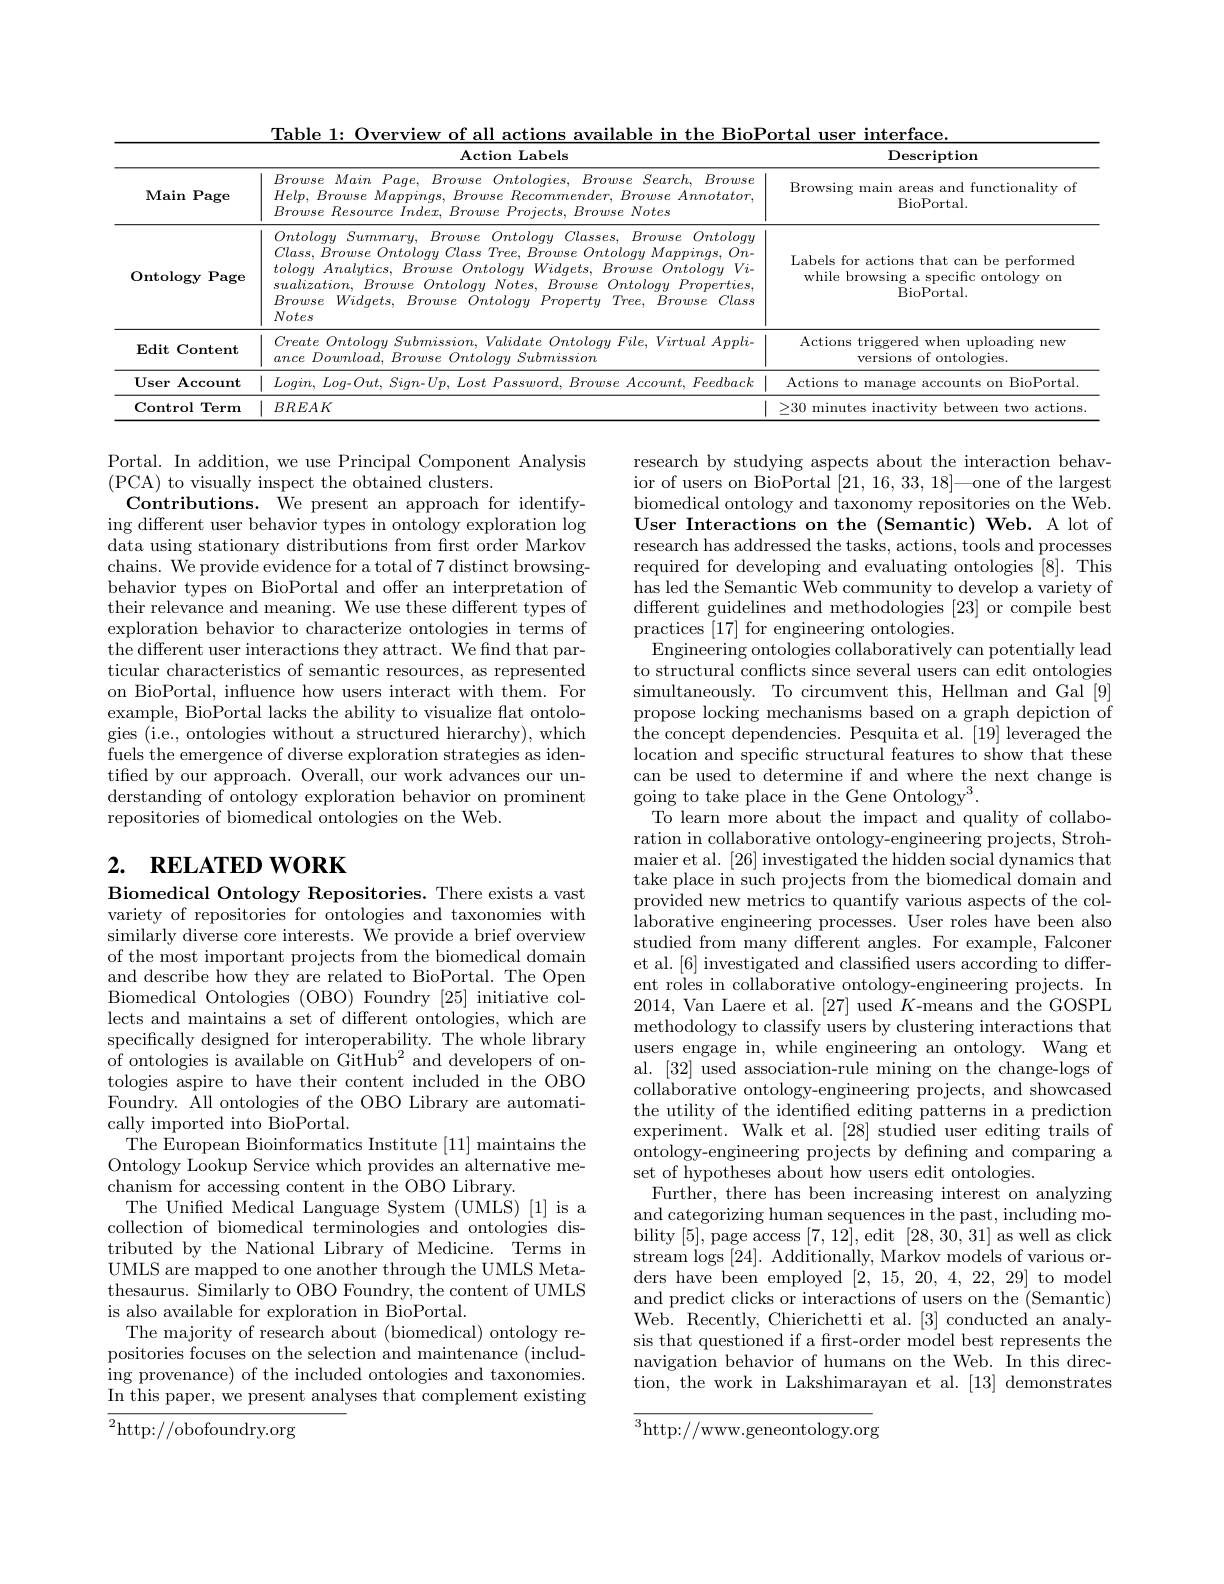
<table>
	<tbody>
		<tr>
			<th> </th>
			<th>Action Labels</th>
			<th>Description</th>
		</tr>
		<tr>
			<td>$\mathbf{Main}$ Page</td>
			<td>$Browse~Main~Page,~Browse~Ontologies,~Browse~Search,~Browse$ $Help$, Browse $Mappings$, Browse $Recommender$, Browse $Annotator$, $Browse\textit{ Resource Index, Browse Projects, Browse Notes}$</td>
			<td>Browsing main areas and functionality of BioPortal.</td>
		</tr>
		<tr>
			<td>Ontology Page </td>
			<td>$OntologySummary$, Browse Ontology $Classes$, Browse Ontology $Class, Browse\textit{ Ontology Class Tree, Browse Ontology Mappings, On- }$ $tology\textit{ Analytics, Browse Ontology Widgets, Browse Ontology Vi- }$ $sualization$, Browse Ontology $Notes$, Browse Ontology $Properties$, Notes Browse $Widgets$, Browse Ontology Property $Tree$, Browse Class</td>
			<td>Labels for actions that can be performed while browsing a specific ontology on BioPortal.</td>
		</tr>
		<tr>
			<td>Edit Content</td>
			<td>$Create\textit{ Ontology Submission, Validate Ontology File, Virtual Appli- }$ $ance\textit{ Download, Browse Ontology Submission}$</td>
			<td>Actions triggered when uploading new versions of ontologies.</td>
		</tr>
		<tr>
			<td>$\textbf{User Account}$</td>
			<td>$Login$, $\dot{\boldsymbol{E}}$ Feedback $l_{200}=(l_{20}t_{2})$</td>
			<td>Actions to manage accounts on BioPortal.</td>
		</tr>
		<tr>
			<td>$\mathbf{Control}$ $\mathbf{Term}$</td>
			<td>$BREAK$</td>
			<td>>30 minutes inactivity between two actions</td>
		</tr>
	</tbody>
</table>

Portal. In addition, we use Principal Component Analysis
(PCA) to visually inspect the obtained clusters.
Contributions. We present an approach for identifying different user behavior types in ontology exploration log data using stationary distributions from first order Markov chains. We provide evidence for a total of 7 distinct browsingbehavior types on BioPortal and offer an interpretation of their relevance and meaning. We use these different types of exploration behavior to characterize ontologies in terms of the different user interactions they attract. We find that particular characteristics of semantic resources, as represented on BioPortal, influence how users interact with them. For example, BioPortal lacks the ability to visualize flat ontologies (i.e., ontologies without a structured hierarchy), which fuels the emergence of diverse exploration strategies as identified by our approach. Overall, our work advances our understanding of ontology exploration behavior on prominent repositories of biomedical ontologies on the Web.

# 2. RELATED WORK

research by studying aspects about the interaction behavior of users on BioPortal [21,16,33,18]—one of the largest biomedical ontology and taxonomy repositories on the Web. User Interactions on the (Semantic) Web. A lot of research has addressed the tasks, actions, tools and processes required for developing and evaluating ontologies [8]. This has led the Semantic Web community to develop a variety of different guidelines and methodologies [23] or compile best practices [17] for engineering ontologies.
Engineering ontologies collaboratively can potentially lead to structural conflicts since several users can edit ontologies simultaneously. To circumvent this, Hellman and Gal [9] propose locking mechanisms based on a graph depiction of the concept dependencies. Pesquita et al. [19] leveraged the location and specific structural features to show that these can be used to determine if and where the next change is going to take place in the Gene Ontology$^3.$
To learn more about the impact and quality of collaboration in collaborative ontology-engineering projects, Strohmaier et al. [26] investigated the hidden social dynamics that take place in such projects from the biomedical domain and provided new metrics to quantify various aspects of the collaborative engineering processes. User roles have been also studied from many different angles. For example, Falconer et al. [6] investigated and classified users according to different roles in collaborative ontology-engineering projects. In 2014, Van Laere et al. [27] used $K$-means and the GOSPL methodology to classify users by clustering interactions that users engage in, while engineering an ontology. Wang et al. [32] used association-rule mining on the change-logs of collaborative ontology-engineering projects, and showcased the utility of the identified editing patterns in a prediction experiment. Walk et al. [28] studied user editing trails of ontology-engineering projects by defining and comparing a set of hypotheses about how users edit ontologies.
Further, there has been increasing interest on analyzing and categorizing human sequences in the past, including mobility [5], page access [7,12], edit [28,30,31] as well as click stream logs [24]. Additionally, Markov models of various orders have been employed [2,15,20,4,22,29] to model and predict clicks or interactions of users on the (Semantic) Web. Recently, Chierichetti et al. [3] conducted an analysis that questioned if a frst-order model best represents the navigation behavior of humans on the Web. In this direction, the work in Lakshimarayan et al. [13] demonstrates

Biomedical Ontology Repositories. There exists a vast variety of repositories for ontologies and taxonomies with similarly diverse core interests. We provide a brief overview of the most important projects from the biomedical domain and describe how they are related to BioPortal. The Open Biomedical Ontologies (OBO) Foundry [25] initiative collects and maintains a set of different ontologies, which are specifically designed for interoperability. The whole library of ontologies is available on GitHub$^2$ and developers of ontologies aspire to have their content included in the OBO Foundry. All ontologies of the OBO Library are automatically imported into BioPortal.
The European Bioinformatics Institute [11] maintains the Ontology Lookup Service which provides an alternative mechanism for accessing content in the OBO Library.
The Unifed Medical Language System (UMLS) [1] is a collection of biomedical terminologies and ontologies distributed by the National Library of Medicine. Terms in UMLS are mapped to one another through the UMLS Metathesaurus. Similarly to OBO Foundry, the content of UMLS is also available for exploration in BioPortal.
The majority of research about (biomedical) ontology repositories focuses on the selection and maintenance (including provenance) of the included ontologies and taxonomies. In this paper, we present analyses that complement existing ${}^{2}$http://obofoundry.org
$$\overline{{^3\text{http://www.geneontology.org}}}$$